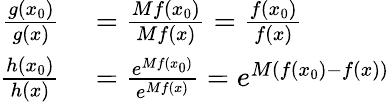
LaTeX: \begin{array}{rl}{{\frac{g(x_{0})}{g(x)}}}&{{}={\frac{Mf(x_{0})}{Mf(x)}}={\frac{f(x_{0})}{f(x)}}}\\ {{\frac{h(x_{0})}{h(x)}}}&{{}={\frac{e^{Mf(x_{0})}}{e^{Mf(x)}}}=e^{M(f(x_{0})-f(x))}}\end{array}